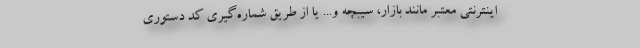
اینترنتی معتبر مانند بازار، سیبچه و... یا از طریق شماره‌گیری کد دستوری